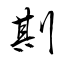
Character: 剘